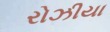
રોઝીયા